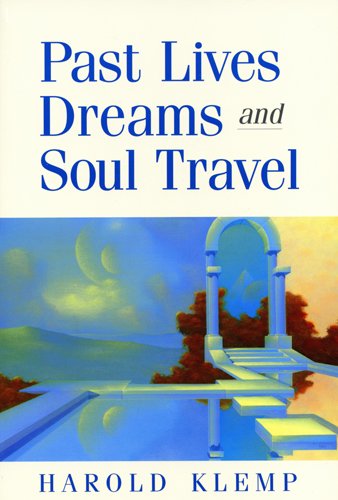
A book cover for Past Lives, Dreams, and Soul Travel; Harold Klemp; Religion & Spirituality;